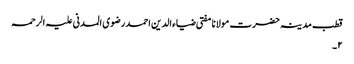
قطب مدینہ حضرت مولانا مفتی ضیاء الدین احمد رضوی المدنی علیہ الرحمہ
۲۔